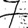
Digit: 7